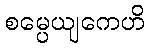
စမ္ပေယျကေဟိ